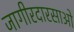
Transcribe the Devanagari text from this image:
जागीरदारसाओ